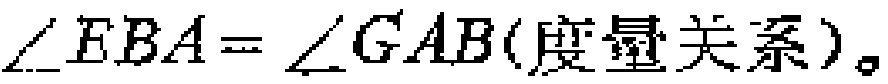
\(\angle EBA=\angle GAB(\text{度量关系})\)